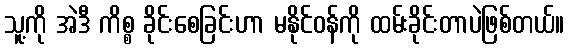
သူ့ကို အဲဒီ ကိစ္စ ခိုင်းစေခြင်းဟာ မနိုင်ဝန်ကို ထမ်းခိုင်းတာပဲဖြစ်တယ်။